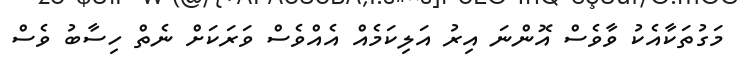
މަގުތަކާއެކު ވާވެސް އޮންނަ އިރު އަލިކަމެއް އެއްވެސް ވަރަކަށް ނެތް ހިސާބު ވެސް